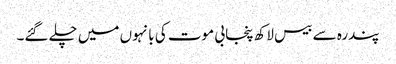
پندرہ سے بیس لاکھ پنجابی موت کی بانہوں میں چلے گئے۔